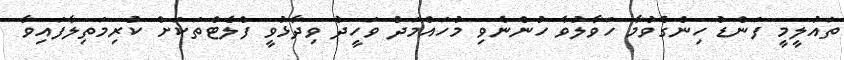
ތައުލީމީ ފަންޑު ހިންގެވުމާ ހަވާލުވެ ހުންނެވި މުހައްމަދު ވަހީދު ވިދާޅުވީ ފްލެޓްތަކަށް ކުރިމަތިލާފައިވާ